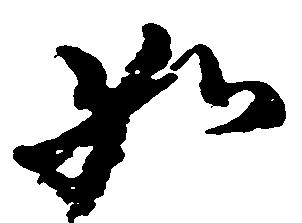
如